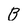
Character: B